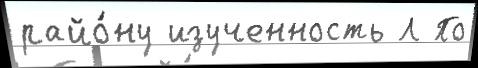
райо́ну изученность Л По